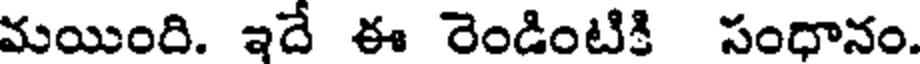
మయింది. ఇదే ఈ రెండింటికి సంధానం.